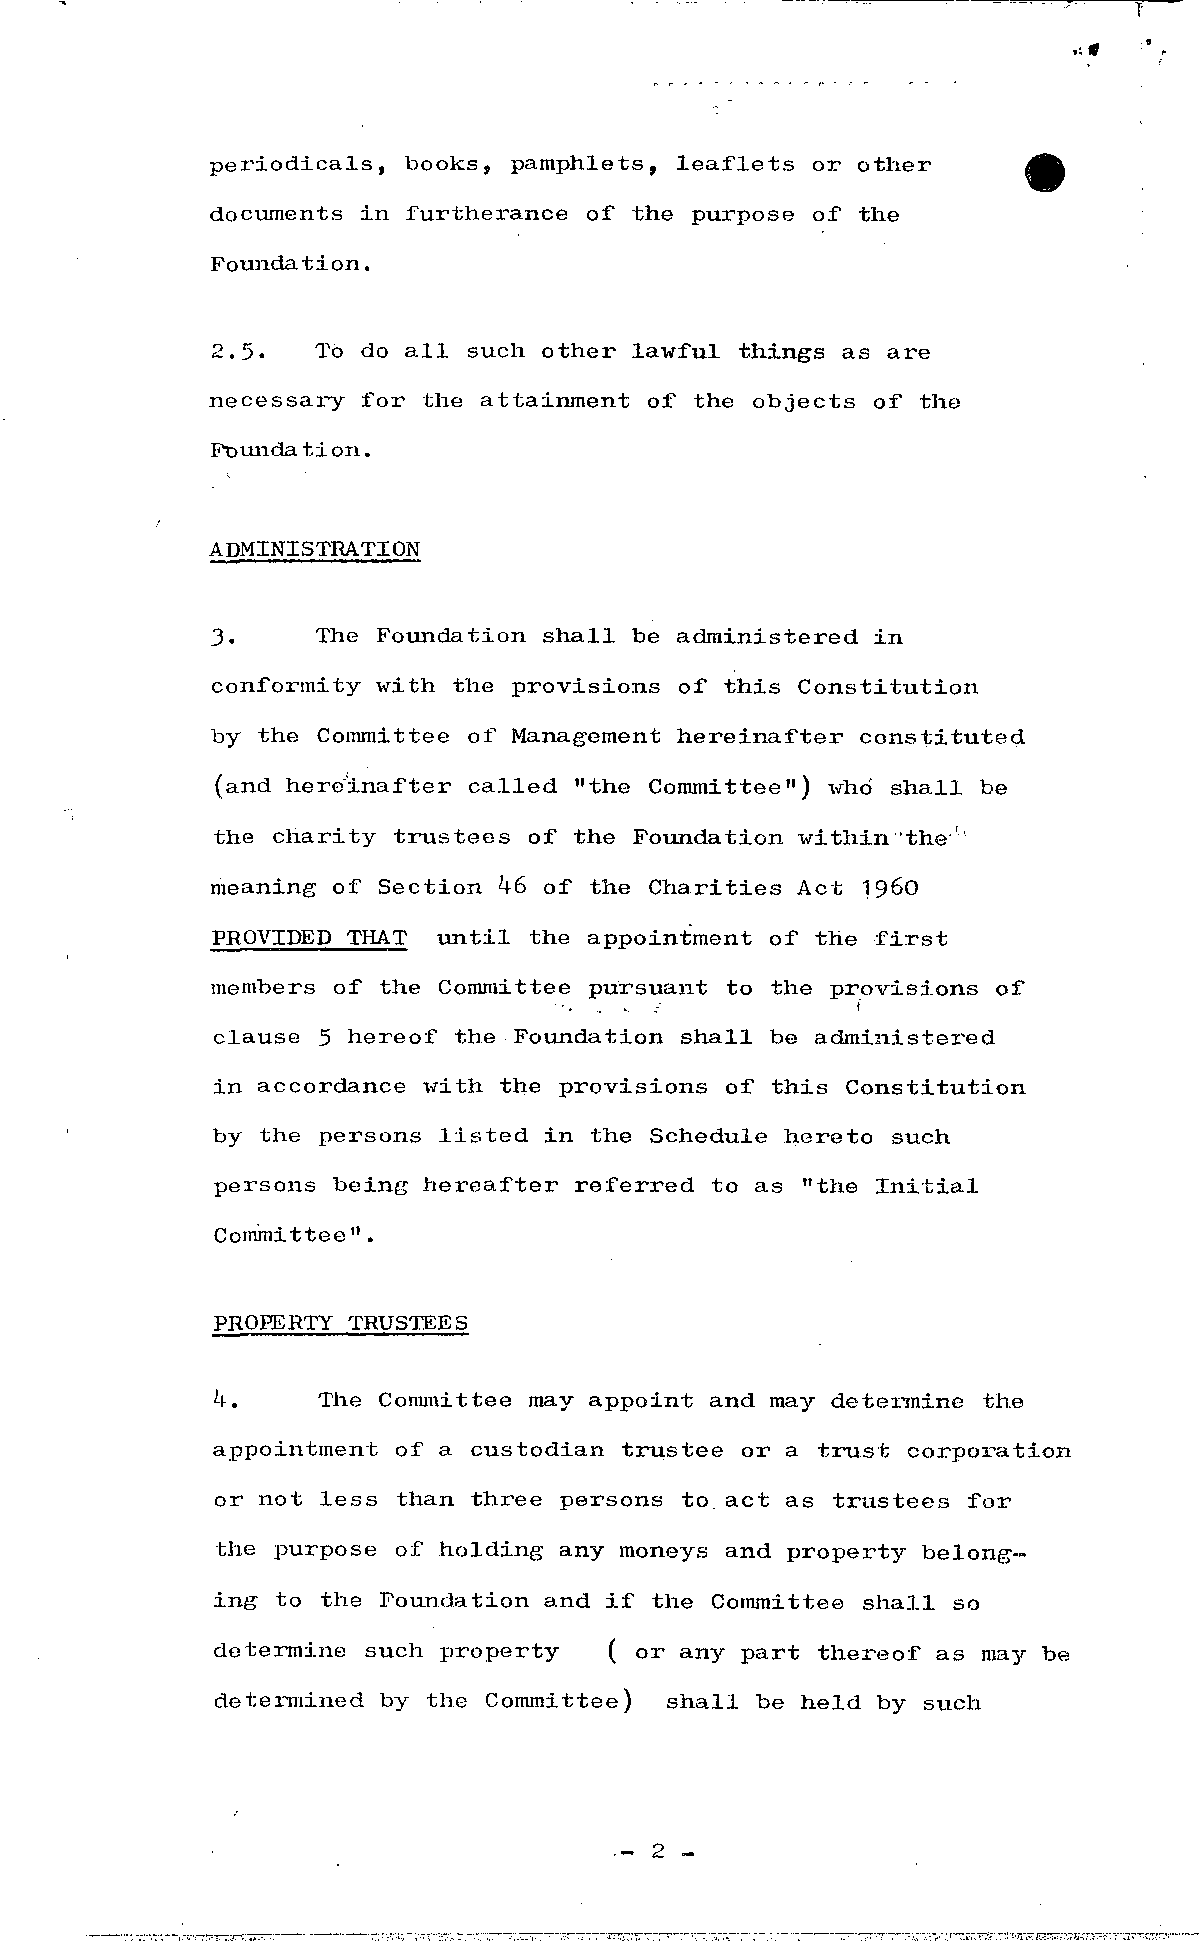
periodicals, books, pamphlets, leaflets or other
 documents in furtherance of the purpose of the
 Foundation.
 2.5'   Tb do a ll such other lawful things as are
 necessary for the attainment of the objects of the
 Foundation.
 ADMINISTRATION
 3.     The Foundation shall be administered in
 conformity with the provisions of this Constitution
 by the Committee of Management hereinafter constituted
 (and hereinafter called "the Conunittee") whd shall be
 the charity trustees of the Foundation within the'
 meaning of Section k6 of the Charities Act I96O
 PROVIDED THAT  u n t il the appointment of the f i r st
 members of the Committee pursuant to the provisions of
 clause 5 hereof the Foundation shall be administered
 in accordance with the provisions of this Constitution
 by the persons listed in the Schedule hereto such
 persons being hereafter referred to as "the I n i t i al
 Committee".
 PROPERTY TRUSTEES
 k.     The Conunittee may appoint and may detennine the
 appointment of a custodian trustee or a trust corporation
 or not less than three persons to. act as trustees f or
 the purpose of holding any moneys and property belong
 ing to the Foundation and if the Committee shall so
 determine such property   ( or any part thereof as may be
 determined by the Committee) shall be held by such
 - 2 -